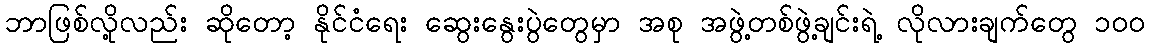
ဘာဖြစ်လို့လည်း ဆိုတော့ နိုင်ငံရေး ဆွေးနွေးပွဲတွေမှာ အစု အဖွဲ့တစ်ဖွဲ့ချင်းရဲ့ လိုလားချက်တွေ ၁၀၀